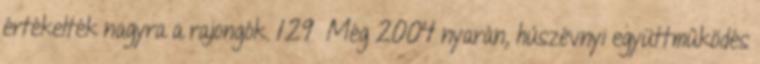
értékelték nagyra a rajongók. 129 Még 2004 nyarán, húszévnyi együttműködés